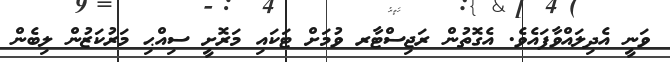
ވަނީ އެދިލައްވާފައެވެ. އެގޮތުން ރަޖިސްޓާރ ވުމަށް ޓަކައި މަރޮށީ ސިއްޙި މަރުކަޒުން ލިބެން